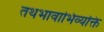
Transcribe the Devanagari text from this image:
तथभावाभिव्यक्ति